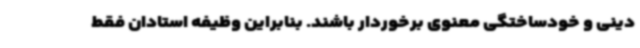
دینی و خودساختگی معنوی برخوردار باشند. بنابراین وظیفه استادان فقط